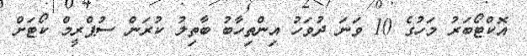
އޮކްޓޯބަރު މަހުގެ 10 ވަނަ ދުވަހު އިންތިހާބު ބާތިލު ކުރަން ސުޕްރީމް ކޯޓަށް